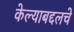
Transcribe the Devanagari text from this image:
केल्याबद्दलचे